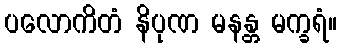
ပလောကိတံ နိပုဏ မနန္တ မက္ခရံ။